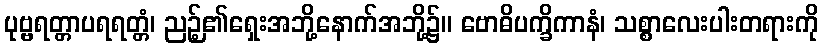
ပုဗ္ဗရတ္တာပရရတ္တံ၊ ညဉ့်၏ရှေးအဘို့နောက်အဘို့၌။ ဗောဓိပက္ခိကာနံ၊ သစ္စာလေးပါးတရားကို